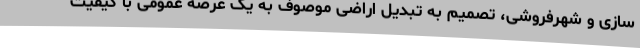
سازی و شهرفروشی، تصمیم به تبدیل اراضی موصوف به یک عرصه عمومی با کیفیت